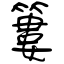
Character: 簍